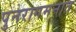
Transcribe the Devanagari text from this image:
पुनरागमनात